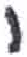
אות: י